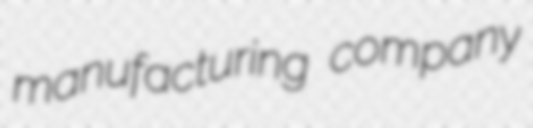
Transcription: manufacturing company